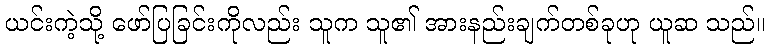
ယင်းကဲ့သို့ ဖော်ပြခြင်းကိုလည်း သူက သူ၏ အားနည်းချက်တစ်ခုဟု ယူဆ သည်။